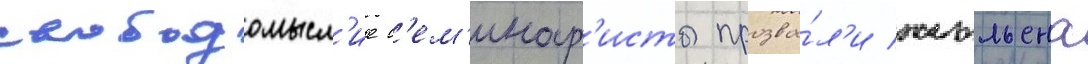
свободомысл'ие с'ем'инар'исты прозва́л'и жюльена